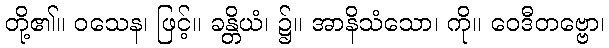
တို့၏။ ဝသေန၊ ဖြင့်။ ခန္တိယံ၊ ၌။ အာနိသံသော၊ ကို။ ဝေဒီတဗ္ဗော၊